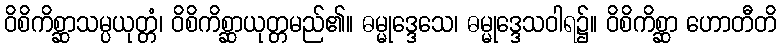
ဝိစိကိစ္ဆာသမ္ပယုတ္တံ၊ ဝိစိကိစ္ဆာယုတ္တမည်၏။ ဓမ္မုဒ္ဒေသေ၊ ဓမ္မုဒ္ဒေသဝါရ၌။ ဝိစိကိစ္ဆာ ဟောတီတိ